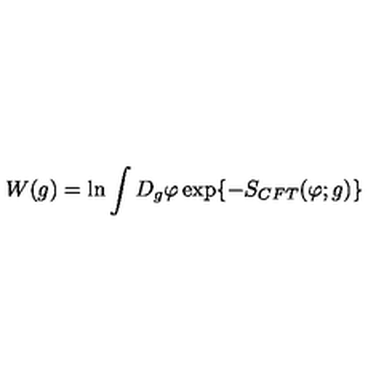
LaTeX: W ( g ) = \ln \int D _ { g } \varphi \exp \{ - S _ { C F T } ( \varphi ; g ) \}